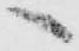
へ